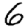
Digit: 6